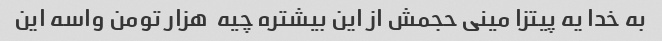
به خدا یه پیتزا مینی حجمش از این بیشتره چیه  هزار تومن واسه این